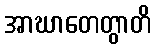
အာဃာတေတွာတိ